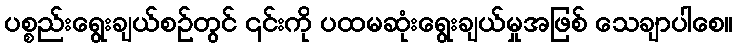
ပစ္စည်းရွေးချယ်စဉ်တွင် ၎င်းကို ပထမဆုံးရွေးချယ်မှုအဖြစ် သေချာပါစေ။